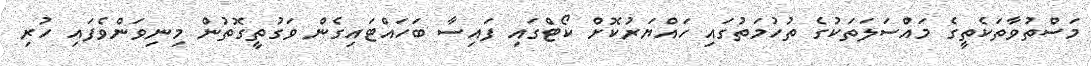
މަސްތުވާތަކެތީގެ މައްސަލަތަކުގެ ތުހުމަތުގައި ހައްޔަރުކޮށް ކޯޓްގައި ފައިސާ ބަހައްޓައިގެން ވަގުތީގޮތުން މިނިވަންވެފައި ހުރި